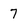
Character: 7